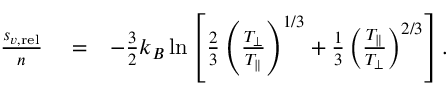
\begin{array} { r l r } { \frac { s _ { v , \mathrm { r e l } } } { n } } & { { } = } & { - \frac { 3 } { 2 } k _ { B } \ln \left[ \frac { 2 } { 3 } \left( \frac { T _ { \perp } } { T _ { \parallel } } \right) ^ { 1 / 3 } + \frac { 1 } { 3 } \left( \frac { T _ { \parallel } } { T _ { \perp } } \right) ^ { 2 / 3 } \right] . } \end{array}